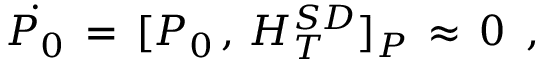
\dot { P _ { 0 } } \, = \, [ P _ { 0 } \, , \, H _ { T } ^ { S D } ] _ { P } \, \approx \, 0 \, \, \, ,